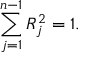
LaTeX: \sum _ { j = 1 } ^ { n - 1 } R _ { j } ^ { 2 } = 1 .